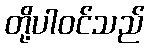
တို့ပါဝင်သည်